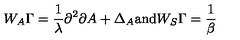
W _ { A } \Gamma = \frac { 1 } { \lambda } \partial ^ { 2 } \partial A + \Delta _ { A } \mathrm { \mathrm { a n d } } W _ { S } \Gamma = \frac { 1 } { \beta }